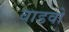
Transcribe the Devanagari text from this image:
वाडवो